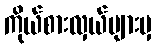
ကိုယ်စားလှယ်များမှ